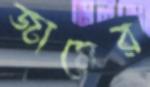
জামের